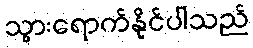
သွားရောက်နိုင်ပါသည်